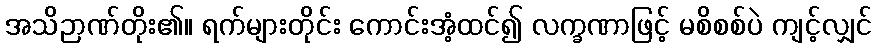
အသိဉာဏ်တိုး၏။ ရက်များတိုင်း ကောင်းအံ့ထင်၍ လက္ခဏာဖြင့် မစိစစ်ပဲ ကျင့်လျှင်